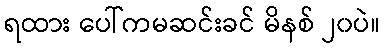
ရထား ပေါ်ကမဆင်းခင် မိနစ် ၂၀ပဲ။